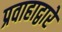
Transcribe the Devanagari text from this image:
प्रवाहाद्वारे